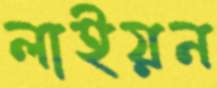
লাইয়ন